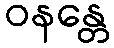
ဝနန္တေ